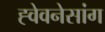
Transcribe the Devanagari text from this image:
ह्वेवनेसांग